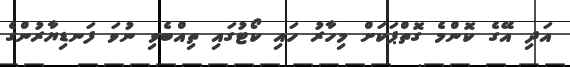
އަދި އޭގެ ކޮންމެ ގޮތްޕަކަށް މިހާރު ހައި ކޯޓުގައި ތިއްބެވި ނުވަ ފަނޑިޔާރުންގެ